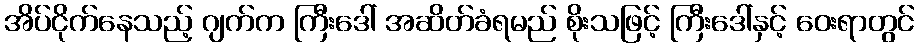
အိပ်ငိုက်နေသည့် ဂျက်က ကြီးဒေါ် အဆိတ်ခံရမည် စိုးသဖြင့် ကြီးဒေါ်နှင့် ဝေးရာတွင်